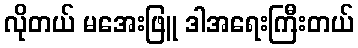
လိုတယ် မအေးဖြူ ဒါအရေးကြီးတယ်